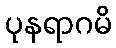
ပုနရာဂမိ